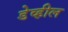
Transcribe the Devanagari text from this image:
डेव्हील